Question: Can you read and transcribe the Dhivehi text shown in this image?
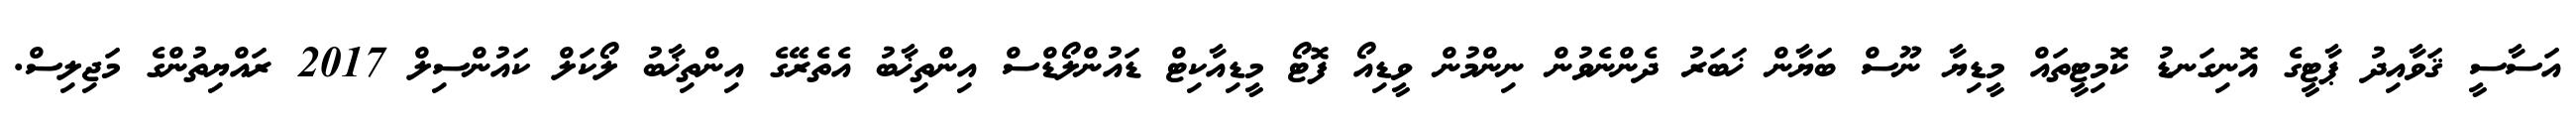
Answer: އަސާސީ ޤަވާއިދު ޕާޓީގެ އޮނިގަނޑު ކޮމިޓީތައް މީޑިޔާ ނޫސް ބަޔާން ޚަބަރު ދެންނެވުން ނިންމުން ވީޑިއޯ ފޮޓޯ މީޑިއާކިޓް ޑައުންލޯޑްސް އިންތިޚާބު އެތެރޭގެ އިންތިޚާބު ލޯކަލް ކައުންސިލް 2017 ރައްޔިތުންގެ މަޖިލިސް.